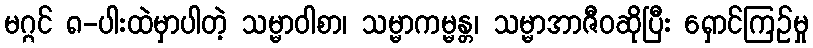
မဂ္ဂင် ၈-ပါးထဲမှာပါတဲ့ သမ္မာဝါစာ၊ သမ္မာကမ္မန္တ၊ သမ္မာအာဇီဝဆိုပြီး ရှောင်ကြဉ်မှု